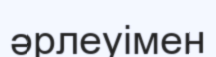
әрлеуімен